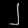
Digit: ၂